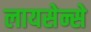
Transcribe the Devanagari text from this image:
लायसेन्से